Annual report of the Bengal Veterinary College and of the Civil Veterinary Department, Bengal, for the year 1919-20 - 1919-1920
Year: 1919
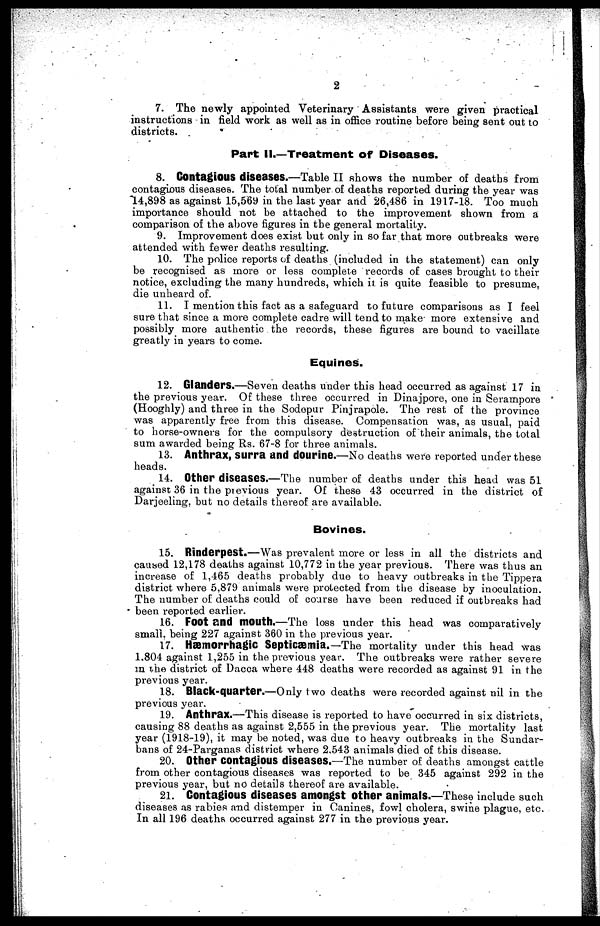
2
7. The newly appointed Veterinary Assistants were given practical
instructions in field work as well as in office routine before being sent out to
districts.
Part ll.—Treatment of Diseases.
8. Contagious diseases.—Table II shows the number of deaths from
contagious diseases. The total number of deaths reported during the year was
14,898 as against 15,569 in the last year and 26,486 in 1917-18. Too much
importance should not be attached to the improvement shown from a
comparison of the above figures in the general mortality.
9. Improvement does exist but only in so far that more outbreaks were
attended with fewer deaths resulting.
10. The police reports of deaths (included in the statement) can only
be recognised as more or less complete records of cases brought to their
notice, excluding the many hundreds, which it. is quite feasible to presume,
die unheard of.
11. I mention this fact as a safeguard to future comparisons as I feel
sure that since a more complete cadre will tend to make* more extensive and
possibly more authentic the records, these figures are bound to vacillate
greatly in years to come.
Equines.
12. Glanders.—Seven deaths under this head occurred as against 17 in
the previous year. Of these three occurred in Dinajpore, one in Serampore
(Hooghly) and three in the Sodopur Pinjrapole. The rest of the province
was apparently free from this disease. Compensation was, as usual, paid
to horse-owners for the compulsory destruction of their animals, the total
sum awarded being Rs. 67-8 for three animals.
13. Anthrax, surra and dourine.—No deaths were reported under these
heads.
14. Other diseases.—The number of deaths under this head was 51
against 36 in the previous year. Of these 43 occurred in the district of
Darjeeling, but no details thereof are available.
Bovines.
15. Rinderpest.—Was prevalent more or less in all the districts and
caused 12,178 deaths against 10,772 in the year previous. There was thus an
increase of 1,465 deaths probably due to heavy outbreaks in the Tippera
district where 5,879 animals were protected from the disease by inoculation.
The number of deaths could of coarse have been reduced if outbreaks had
been reported earlier.
16. Foot and mouth.—The loss under this head was comparatively
small, being 227 against 360 in the previous year.
17. Hæmorrhagic Septicæmia.—The mortality under this head was
1.804 against 1,255 in the previous year. The outbreaks were rather severe
in the district of Dacca where 448 deaths were recorded as against 91 in the
previous year.
18. Black-quarter.—Only two deaths were recorded against nil in the
previous year.
19. Anthrax.—This disease is reported to have occurred in six districts,
causing 88 deaths as against 2,555 in the previous year. The mortality last
year (1918-19), it may be noted, was due to heavy outbreaks in the Sundar-
bans of 24-Parganas district where 2.543 animals died of this disease.
20. Other contagious diseases.—The number of deaths amongst cattle
from other contagious diseases was reported to be 345 against 292 in the
previous year, but no details thereof are available.
21. Contagious diseases amongst other animals.—These include such
diseases as rabies and distemper in Canines, fowl cholera, swine plague, etc.
In all 196 deaths occurred against 277 in the previous year.